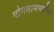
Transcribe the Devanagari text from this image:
योगसामर्थ्यांचा